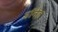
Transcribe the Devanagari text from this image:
डॉनेल